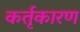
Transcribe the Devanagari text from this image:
कर्तृकारण